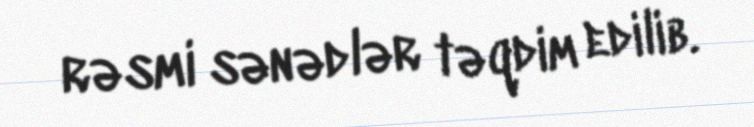
rəsmi sənədlər təqdim edilib.